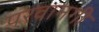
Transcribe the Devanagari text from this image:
परवानगी